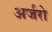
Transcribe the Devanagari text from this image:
अर्जरो